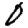
Digit: 0